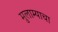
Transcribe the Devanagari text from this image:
मुलाम्याचा